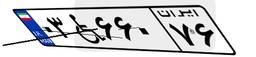
۰۳W۶۶۰۷۶